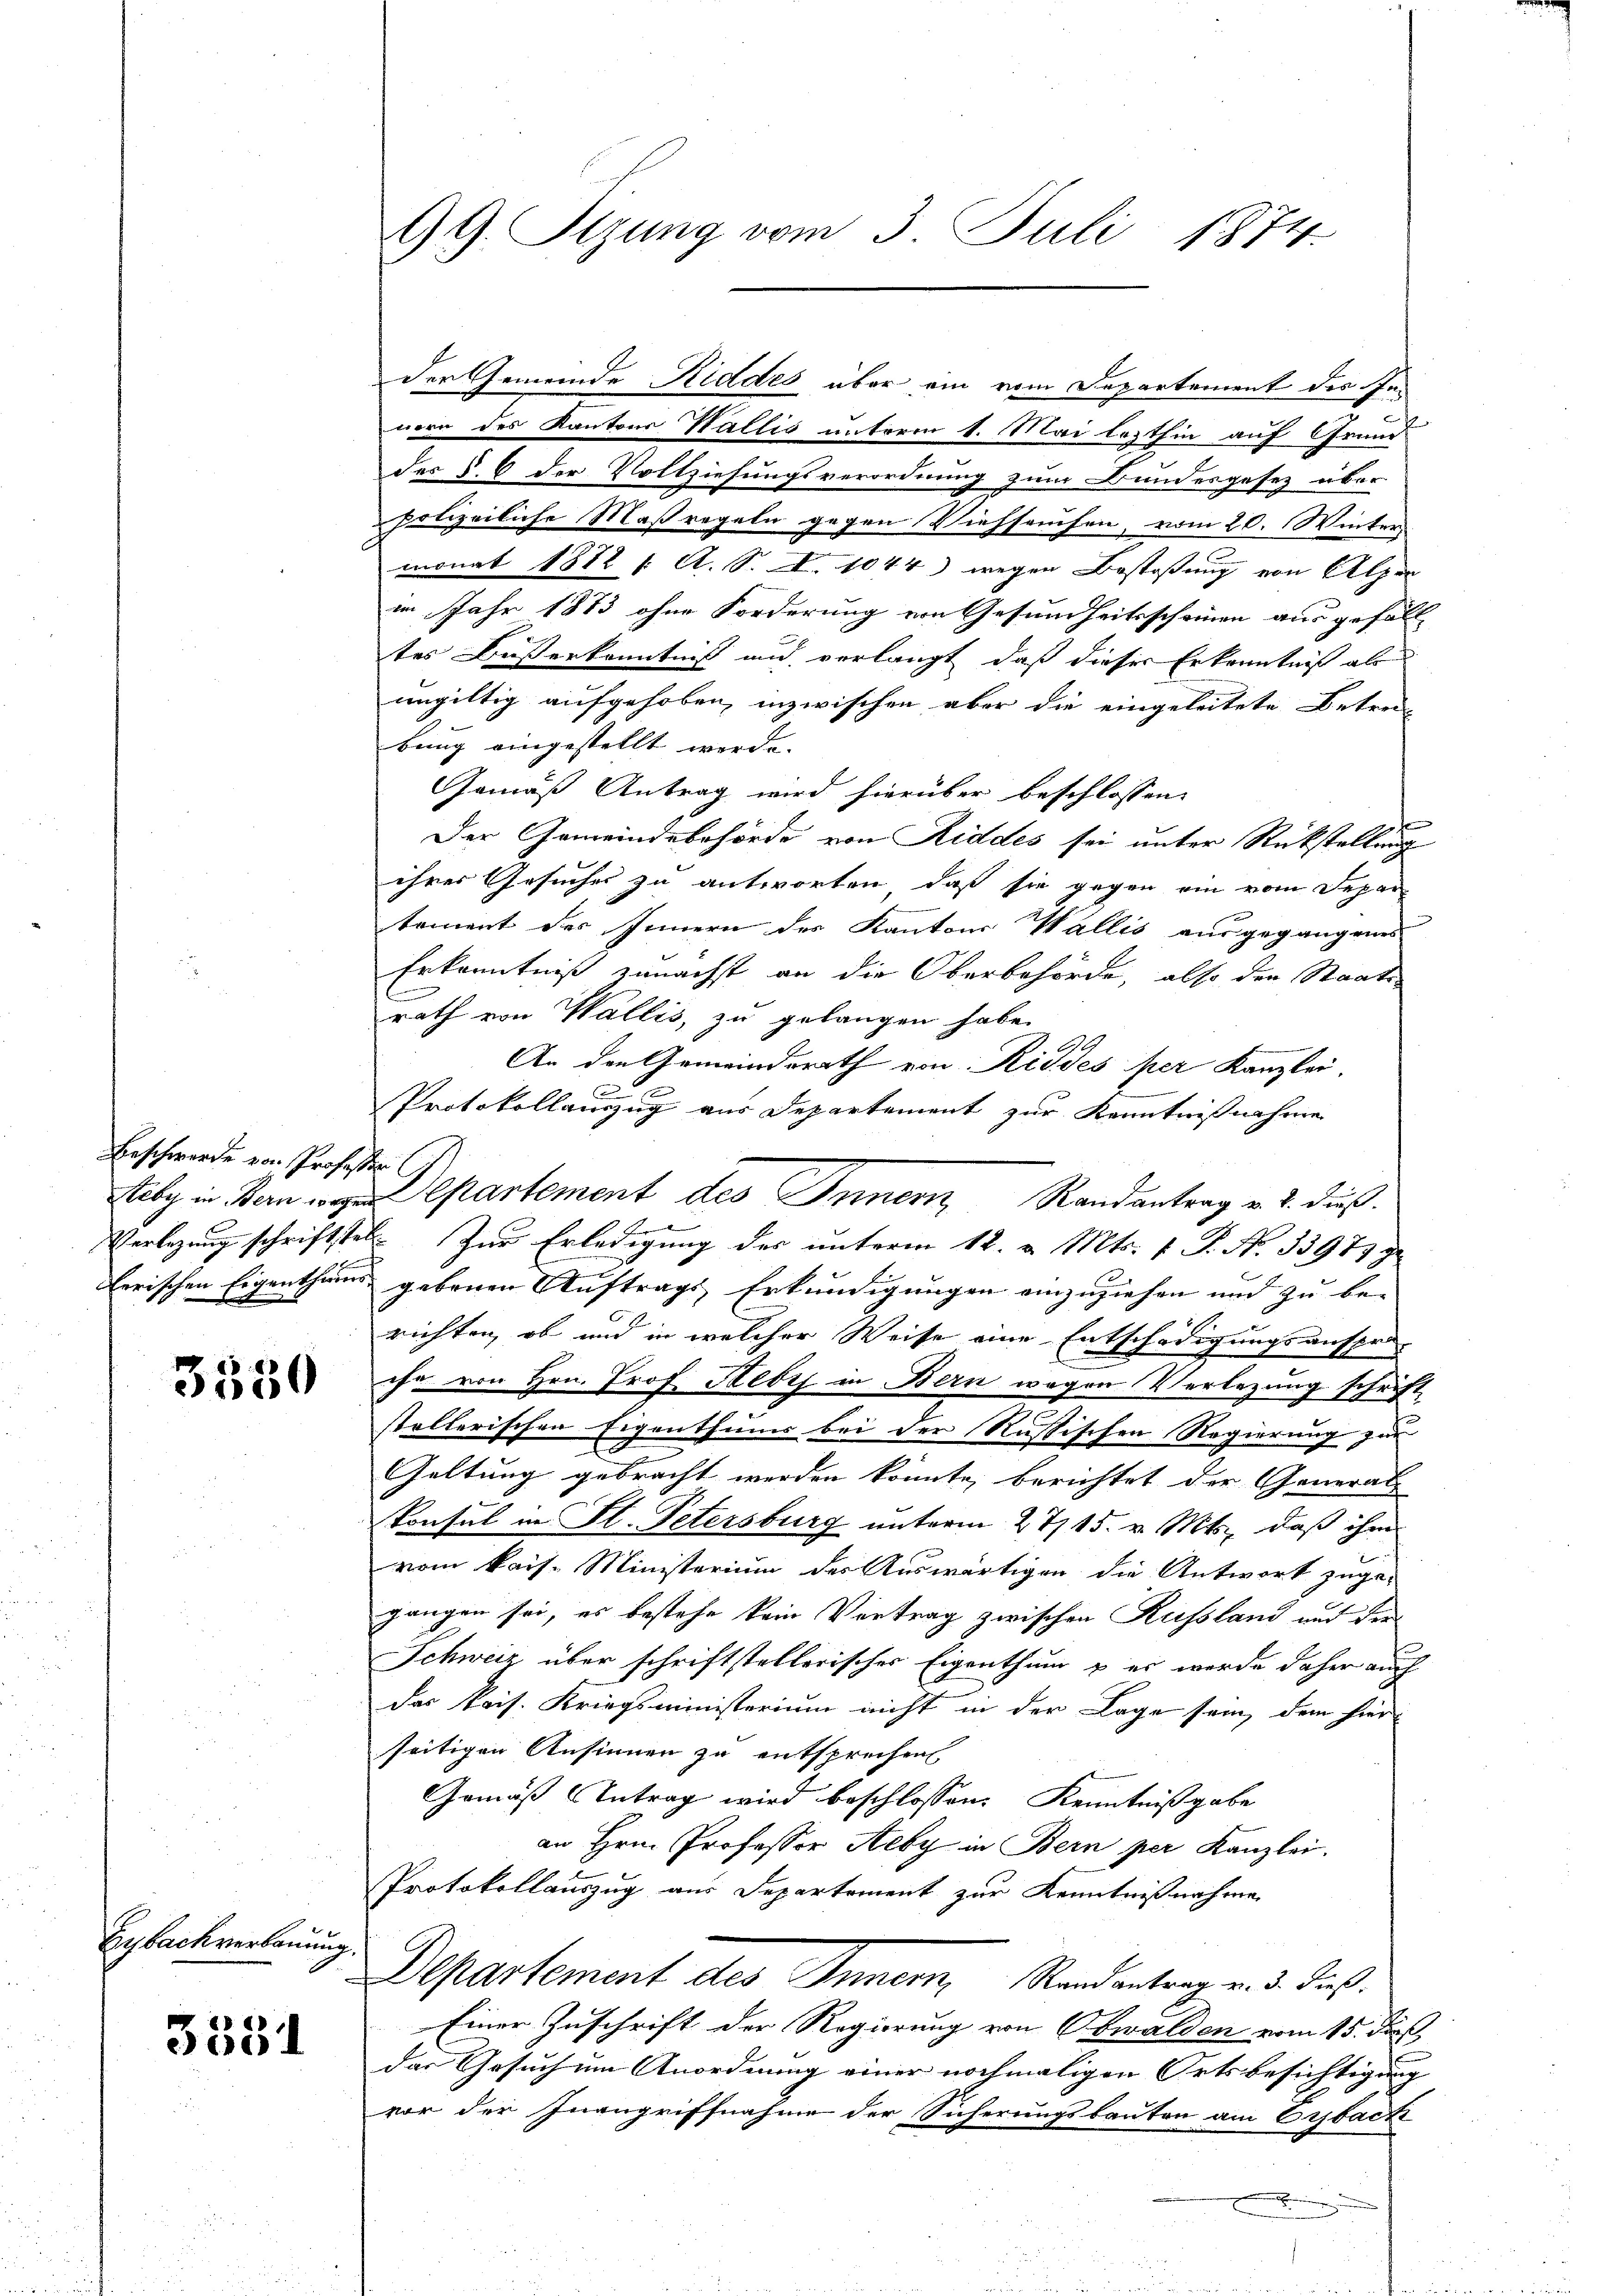
Beschwerde von Professor

3550

Eybachverbauung.

3381

99. Sizung vom 3. Juli 1874.

nern des Kantons Wallis unterm 1. Mai lezthin auf Grund-
des §. 6 der Vollziehungsverordnung zum Bundesgesez über
polizeiliche Maßregeln gegen Viehhaufen, vom 20. Winter
monat 1872 1. A. S. I. 1044) wegen Bestossung von Alpen
im Jahr 1873 ohne Forderung von Gesundheitsscheinen ausgefäll
tes Busserkenntniß und verlangt, daß dieser Erkenntniß ab
ungültig aufgehoben, inzwischen aber die eingeleitete Betrei-
bung eingestellt werde.
Gemäß Antrag wird hierüber beschlossen:
f
Der Gemeindebehörde von Riddes sei unter Rückstellung
ihrer Gesuches zu antworten, daß sie gegen ein vom Separ-
tement des Innern des Kantons Wallis ausgegangenes
Erkenntniß zunächst an die Oberbehörde, also den Staatsrath von Wallis, zu gelangen habe.
A
An den Gemeindsrath von Risses per Kanzlei.
Protokollauszug aus Departement zur Kenntnißnahme
tiby in Bern wegen partement des Innern, Randantrag v. 2. dieß.
Verlegung schriftstet. Zur Erledigung des unterm 12. v. Mts. f. P. Nr. 33973 z
lerischen Eigenthums gebenen Auftrags Erkundigungen einzuziehen und zu be-
richten, ob und in welcher Weise eine Entschädigungsanspr
che von Hrn. Prof. Hedi in Bern wegen Verlegung schrift
stellerischen Eigenthums bei der Russischen Regierung zur
Geltung gebracht werden könnte, berichtet der General-
Vonsul in St. Petersburg unterm 27/15. v. Mts., daß ihm
vom kais. Ministerium des Auswärtigen die Antwort zuge-
gangen sei, es bestehe kein Vortrag zwischen Russland und der¬
Schweiz über schriftstellerisches Eigenthum & es werde daher auch
Das Pris. Kriegsministerium nicht in der Lage sein, dem hier-
seitigen Ansinnen zu entsprechen
Gemäß Antrag wird beschlossen: Kenntnißgabe
an Hrn. Professor Neby in Bern per Kanzlei.
Protokollauszug aus Departement zur Kenntnißnahmen
Departement des Innern, Randantrag v. 3. dieß.
Einer Zuschrift der Regierung von Obwalden vom 15. di
das Gesuch um Anordnung einer nochmaligen Ortsbesichtigung
vor der Inangriffnahme der Sicherungsbauten am Erbach
.

der Gemeinde Riddes über ein vom Departement des In¬